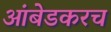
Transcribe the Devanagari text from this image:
आंबेडकरच